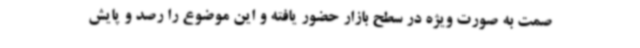
صمت به صورت ویژه در سطح بازار حضور یافته و این موضوع را رصد و پایش